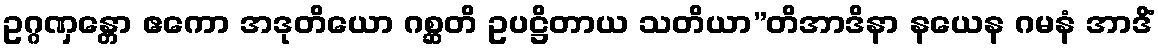
ဥဂ္ဂဏှန္တော ဧကော အဒုတိယော ဂစ္ဆတိ ဥပဋ္ဌိတာယ သတိယာ”တိအာဒိနာ နယေန ဂမနံ အာဒိံ